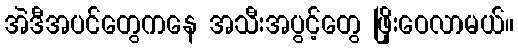
အဲဒီအပင်တွေကနေ အသီးအပွင့်တွေ ဖြိုးဝေလာမယ်။